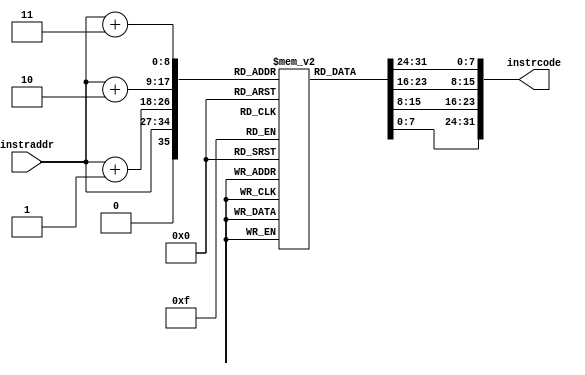
//Instruction Memory Module
//Dated: 27th May 2023
//Intel Quartus Prime Lite

// This Instruction Memory contains the code for displaying Prime Numbers in the register 1.


//------------------------------------------------------------------------------------

`timescale 1ns / 1ps


module Instruction_Memory(
input [7:0] instraddr,
output reg [31:0] instrcode
    );
	 
        reg [7:0] prog_mem [0:256];
        initial begin
        
        prog_mem[3]=8'h00;prog_mem[2]=8'h20;prog_mem[1]=8'h06;prog_mem[0]=8'h13;       
        prog_mem[7]=8'h06;prog_mem[6]=8'h40;prog_mem[5]=8'h07;prog_mem[4]=8'h93;
        prog_mem[11]=8'h00;prog_mem[10]=8'h10;prog_mem[9]=8'h05;prog_mem[8]=8'h13;
        prog_mem[15]=8'h00;prog_mem[14]=8'h10;prog_mem[13]=8'h08;prog_mem[12]=8'h13;
        prog_mem[19]=8'h00;prog_mem[18]=8'h10;prog_mem[17]=8'h08;prog_mem[16]=8'h93;
        prog_mem[23]=8'h01;prog_mem[22]=8'h00;prog_mem[21]=8'h07;prog_mem[20]=8'h33;
        prog_mem[27]=8'h00;prog_mem[26]=8'hc0;prog_mem[25]=8'h06;prog_mem[24]=8'hb3;
        prog_mem[31]=8'h00;prog_mem[30]=8'he6;prog_mem[29]=8'hc6;prog_mem[28]=8'h63;
        prog_mem[35]=8'h40;prog_mem[34]=8'he6;prog_mem[33]=8'h86;prog_mem[32]=8'hb3;
        prog_mem[39]=8'h00;prog_mem[38]=8'h80;prog_mem[37]=8'h00;prog_mem[36]=8'h6F;
        prog_mem[43]=8'h40;prog_mem[42]=8'hD7;prog_mem[41]=8'h07;prog_mem[40]=8'h33;
        prog_mem[47]=8'hFE;prog_mem[46]=8'hD7;prog_mem[45]=8'h18;prog_mem[44]=8'hE3;
        prog_mem[51]=8'h00;prog_mem[50]=8'hA7;prog_mem[49]=8'h04;prog_mem[48]=8'h63;
        prog_mem[55]=8'h00;prog_mem[54]=8'h08;prog_mem[53]=8'hF8;prog_mem[52]=8'h93;
        prog_mem[59]=8'h00;prog_mem[58]=8'h18;prog_mem[57]=8'hF8;prog_mem[56]=8'h93;
        prog_mem[63]=8'h00;prog_mem[62]=8'h18;prog_mem[61]=8'h08;prog_mem[60]=8'h13;
        prog_mem[67]=8'hFC;prog_mem[66]=8'hC8;prog_mem[65]=8'h1A;prog_mem[64]=8'hE3;
        prog_mem[71]=8'h00;prog_mem[70]=8'hA8;prog_mem[69]=8'h86;prog_mem[68]=8'h63;
        prog_mem[75]=8'h00;prog_mem[74]=8'h16;prog_mem[73]=8'h06;prog_mem[72]=8'h13;
        prog_mem[79]=8'hFC;prog_mem[78]=8'hF6;prog_mem[77]=8'h10;prog_mem[76]=8'hE3;
        prog_mem[83]=8'h00;prog_mem[82]=8'hc0;prog_mem[81]=8'h00;prog_mem[80]=8'hB3;
        prog_mem[87]=8'hFF;prog_mem[86]=8'h5F;prog_mem[85]=8'hF0;prog_mem[84]=8'h6F;
        
      

        end
       always@(*)begin
       instrcode = {prog_mem[instraddr+3],  prog_mem[instraddr+2], prog_mem[instraddr+1], prog_mem[instraddr]};
     end
endmodule